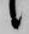
候